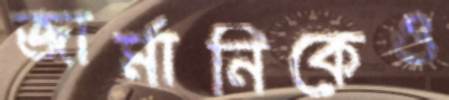
জার্মানিকেও